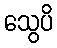
သွေပိ